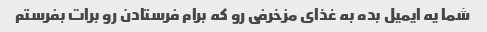
شما یه ایمیل بده به غذای مزخرفی رو که برام فرستادن رو برات بفرستم